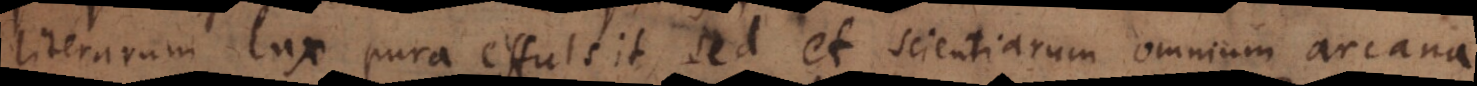
literarum lux pura effulsit, sed et scientiarum omnium arcana